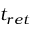
t _ { r e t }